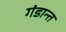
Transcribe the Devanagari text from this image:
गंडान्त